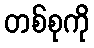
တစ်စုကို